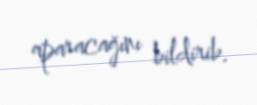
aparacağını bildirib.